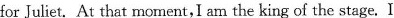
for Juliet. At that moment, I am the king of the stage.I